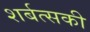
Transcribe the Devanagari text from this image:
शर्बत्सकी